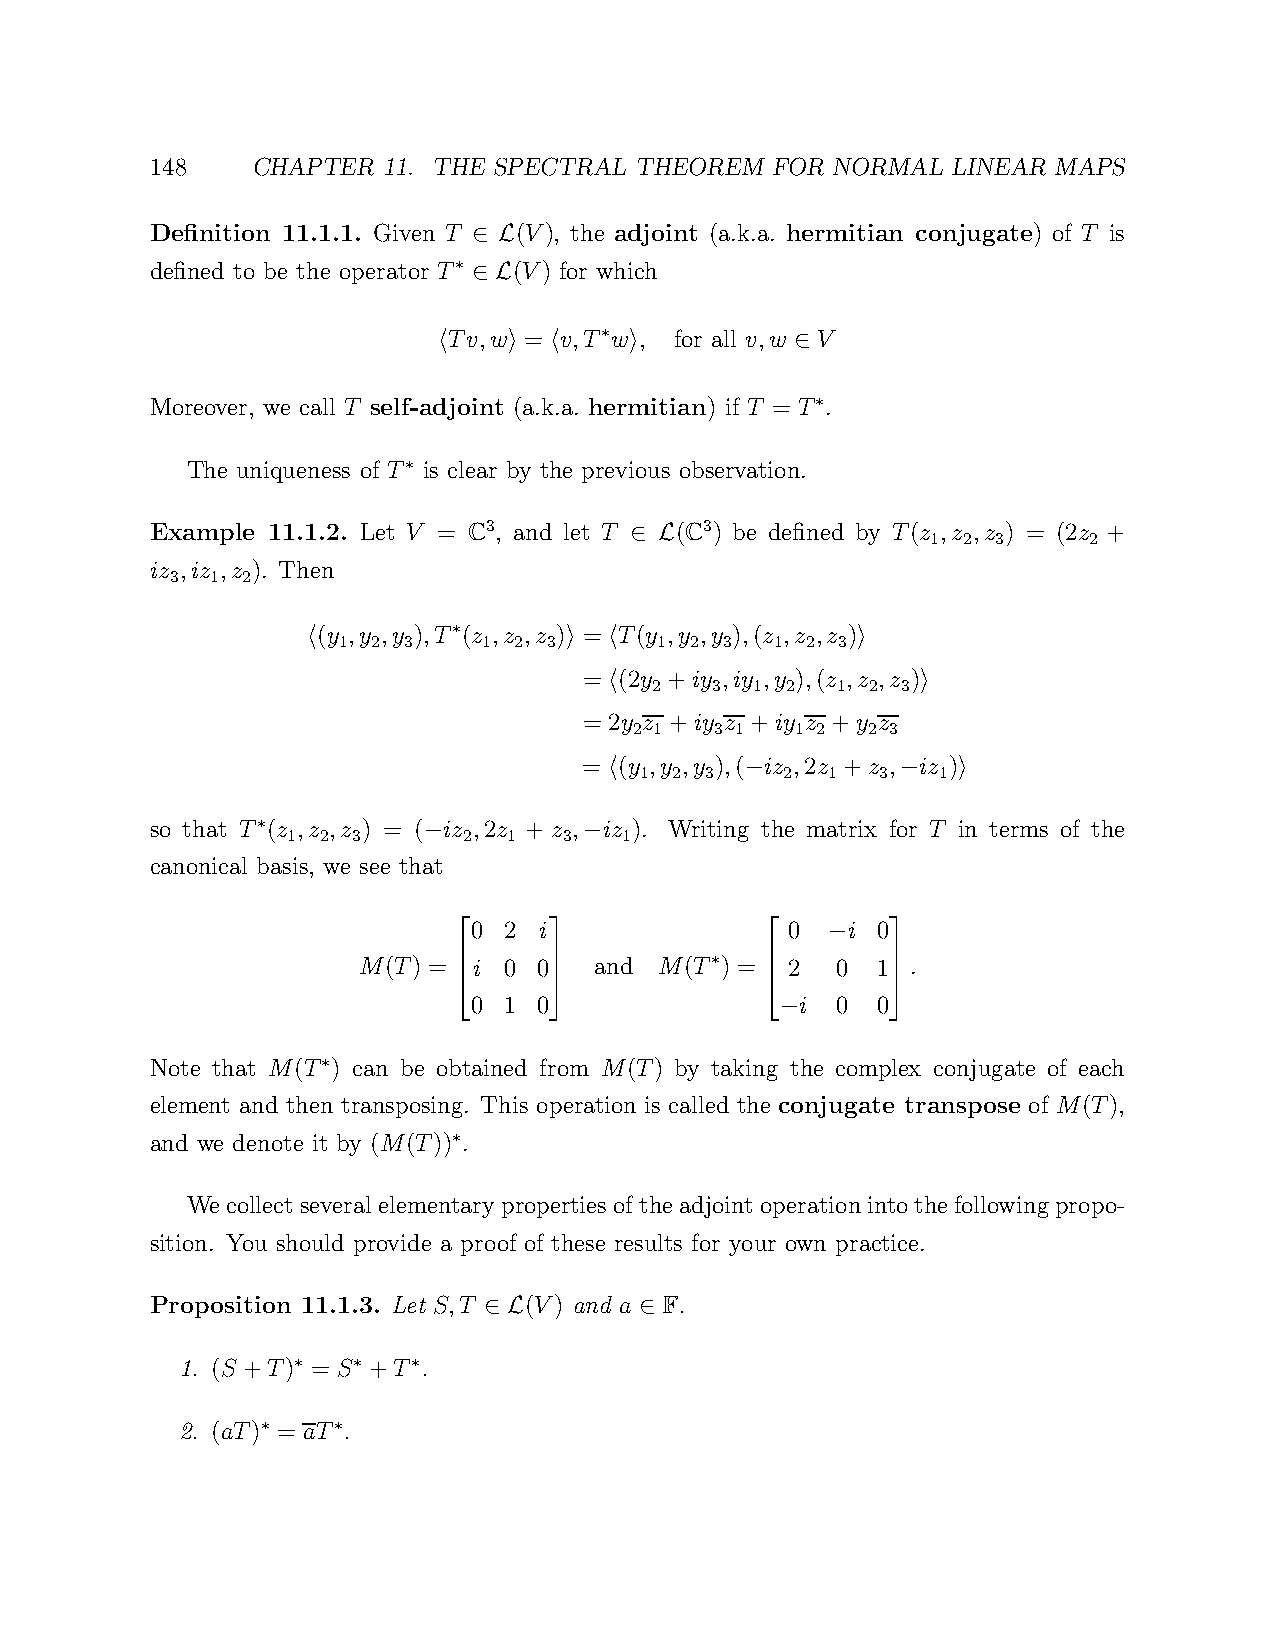
148    CHAPTER 11. THE SPECTRAL THEOREM  FOR NORMAL  LINEAR MAPS
 Definition 11.1.1. Given T (V), the adjoint (a.k.a. hermitian conjugate) of T is
 ∈ L
 defined to be the operator T (V) for which
 ∗
 ∈ L
 Tv,w = v,T w , for all v,w V
 ∗
 h    i h     i          ∈
 Moreover, we call T self-adjoint (a.k.a. hermitian) if T = T .
 ∗
 The uniqueness of T is clear by the previous observation.
 ∗
 Example 11.1.2. Let V = C3, and let T (C3) be defined by T(z ,z ,z ) = (2z +
 1 2 3     2
 ∈ L
 iz ,iz ,z ). Then
 3  1 2
 (y ,y ,y ),T (z ,z ,z ) = T(y ,y ,y ),(z ,z ,z )
 1  2 3  ∗ 1 2 3       1 2 3  1 2 3
 h                i  h                i
 = (2y +iy ,iy ,y ),(z ,z ,z )
 2   3  1 2  1  2 3
 h                    i
 = 2y z +iy z +iy z +y z
 2 1  3 1   1 2 2 3
 = (y ,y ,y ),( iz ,2z +z , iz )
 1  2 3    2  1  3   1
 h        −          −  i
 so that T (z ,z ,z ) = ( iz ,2z + z , iz ). Writing the matrix for T in terms of the
 ∗ 1 2 3       2  1  3   1
 −          −
 canonical basis, we see that
 0 2  i               0   i 0
 −
 M(T) = i 0  0  and  M(T ) = 2  0  1 .
                ∗          
 0 1  0                i 0  0
                    −      
                           
 Note that M(T ) can be obtained from M(T) by taking the complex conjugate of each
 ∗
 element and then transposing. This operation is called the conjugate transpose of M(T),
 and we denote it by (M(T)) .
 ∗
 Wecollect several elementary propertiesoftheadjoint operationintothefollowing propo-
 sition. You should provide a proof of these results for your own practice.
 Proposition 11.1.3. Let S,T (V) and a F.
 ∈ L       ∈
 1. (S +T) = S +T .
 ∗   ∗   ∗
 2. (aT) = aT .
 ∗    ∗